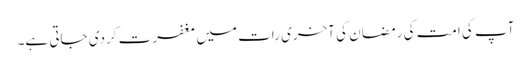
آپ کی امت کی رمضان کی آخری رات میں مغفرت کردی جاتی ہے۔